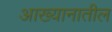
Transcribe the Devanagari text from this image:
आख्यानातील